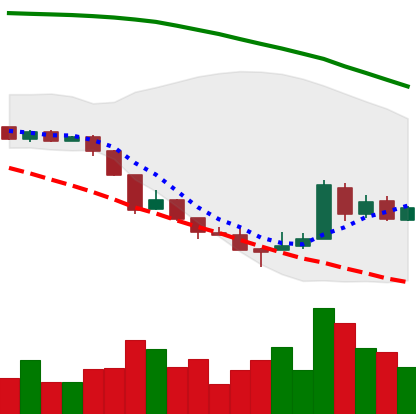
Ticker: XRP-USD
Chart end date: 2018-08-21
Forward return: -3.401%
Label: down_3_5